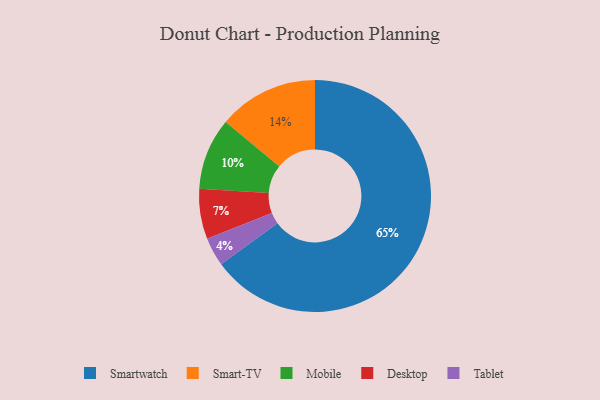
{"axis": {"x": "Category", "y": "Percentage"}, "legend": ["Desktop", "Mobile", "Smart-TV", "Smartwatch", "Tablet"], "data": [{"x": "Smart-TV", "y": 14, "type": "Smart-TV"}, {"x": "Mobile", "y": 10, "type": "Mobile"}, {"x": "Desktop", "y": 7, "type": "Desktop"}, {"x": "Smartwatch", "y": 65, "type": "Smartwatch"}, {"x": "Tablet", "y": 4, "type": "Tablet"}]}